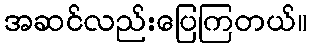
အဆင်လည်းပြေကြတယ်။